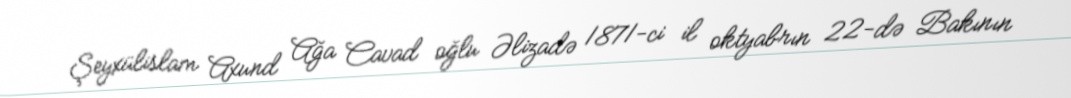
Şeyxülislam Axund Ağa Cavad oğlu Əlizadə 1871-ci il oktyabrın 22-də Bakının